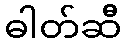
ဓါတ်ဆီ